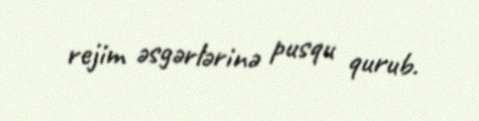
rejim əsgərlərinə pusqu qurub.